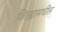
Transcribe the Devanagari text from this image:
जिल्‍ह्यामधील